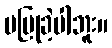
မပြုခဲ့ပါဘူး။